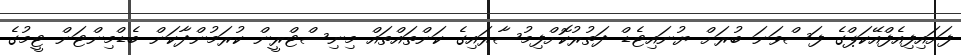
ފަށައިފިއެފްއޭކަޕްގެ ފަސްވަނަ ބުރަށް ޔުނައިޓެޑް ދަތުރުކޮށްފިމުސާރައިގެ ކަންތައްތައް މިނިސްޓްރީން ކުރަމުންދާކަން ބެޑްމިންޓަން ޓީމުގެ